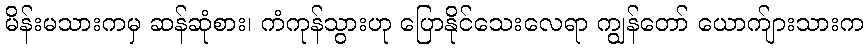
မိန်းမသားကမှ ဆန်ဆုံစား၊ ကံကုန်သွားဟု ပြောနိုင်သေးလေရာ ကျွန်တော် ယောက်ျားသားက